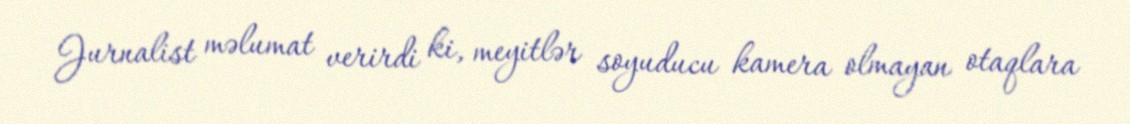
Jurnalist məlumat verirdi ki, meyitlər soyuducu kamera olmayan otaqlara